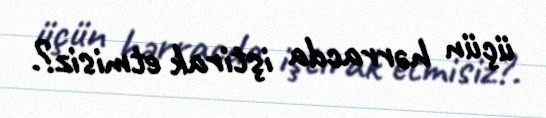
üçün hərracda iştirak etmisiz?.